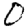
Digit: 0